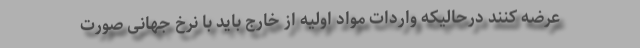
عرضه کنند درحالیکه واردات مواد اولیه از خارج باید با نرخ جهانی صورت